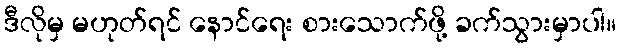
ဒီလိုမှ မဟုတ်ရင် နောင်ရေး စားသောက်ဖို့ ခက်သွားမှာပါ။